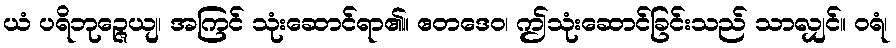
ယံ ပရိဘုဉ္ဇေယျ၊ အကြင် သုံးဆောင်ရာ၏။ ဧတဒေဝ၊ ဤသုံးဆောင်ခြင်းသည် သာလျှင်။ ဝရံ၊